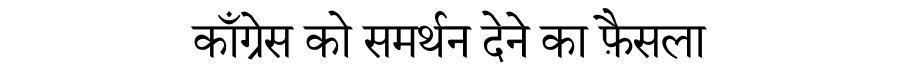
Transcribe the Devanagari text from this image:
काँग्रेस को समर्थन देने का फ़ैसला